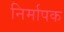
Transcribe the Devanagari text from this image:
निर्मापक